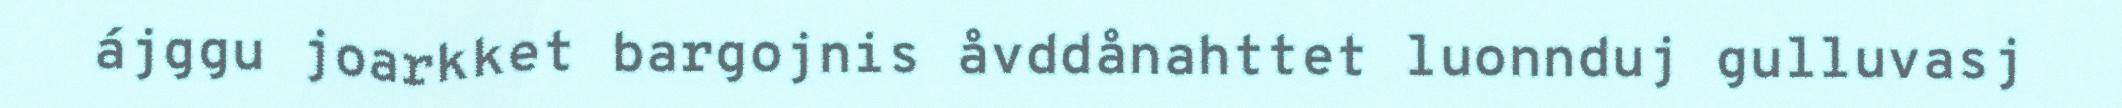
ájggu joarkket bargojnis åvddånahttet luonnduj gulluvasj